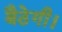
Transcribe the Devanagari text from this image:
बैठेगी।